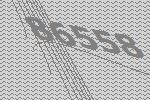
86558